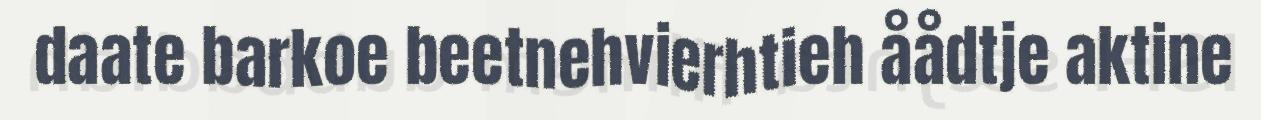
daate barkoe beetnehvierhtieh åådtje aktine